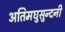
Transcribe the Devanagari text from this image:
अतिमघुसुन्दनी